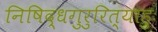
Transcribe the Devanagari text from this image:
निषिद्धगुरुरित्याहुः